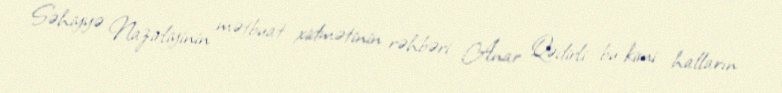
Səhiyyə Nazirliyinin mətbuat xidmətinin rəhbəri Anar Qədirli bu kimi halların